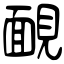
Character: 靦